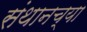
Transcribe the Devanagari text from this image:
संथानच्या